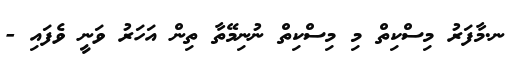
ނ.މާފަރު މިސްކިތް މި މިސްކިތް ނުނިމޭތާ ތިން އަހަރު ވަނީ ވެފައި -